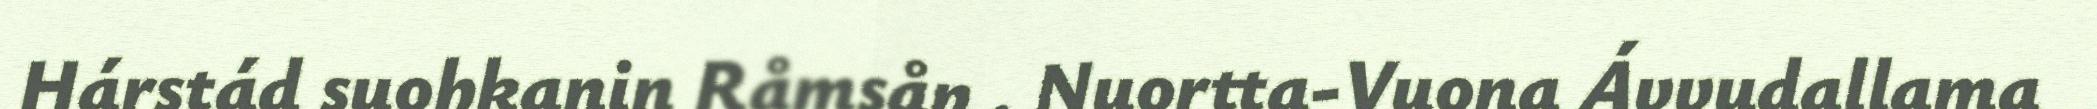
Hárstád suohkanin Råmsån . Nuortta-Vuona Ávvudallama